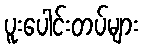
ပူးပေါင်းတပ်များ